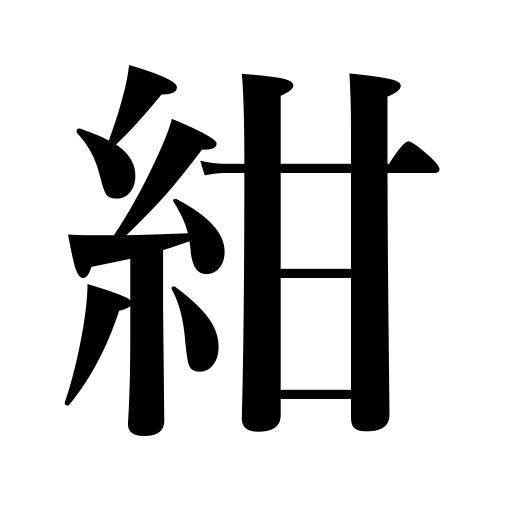
Meanings: navy blue,dark blue